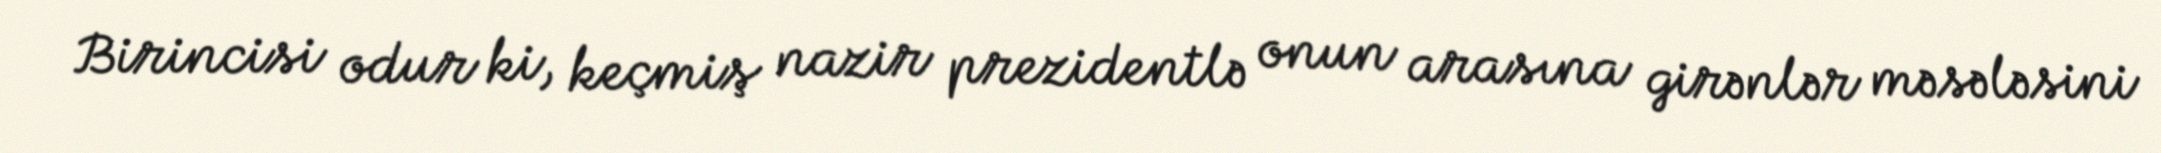
Birincisi odur ki, keçmiş nazir prezidentlə onun arasına girənlər məsələsini